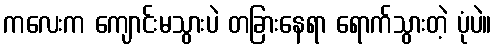
ကလေးက ကျောင်းမသွားပဲ တခြားနေရာ ရောက်သွားတဲ့ ပုံပဲ။